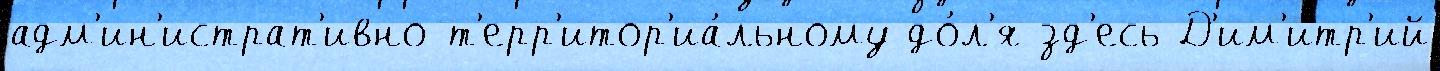
адм'ин'истрат'ивно-т'ерр'итор'иа́льному до́л'я зд'есь Д'им'итр'ий